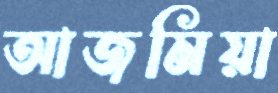
আজমিয়া